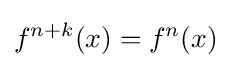
f^{n+k}(x)=f^{n}(x)